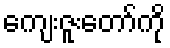
ကျေးဇူးတော်ကို